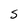
Character: S